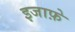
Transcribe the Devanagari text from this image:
इजाफ़े